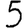
Digit: 5